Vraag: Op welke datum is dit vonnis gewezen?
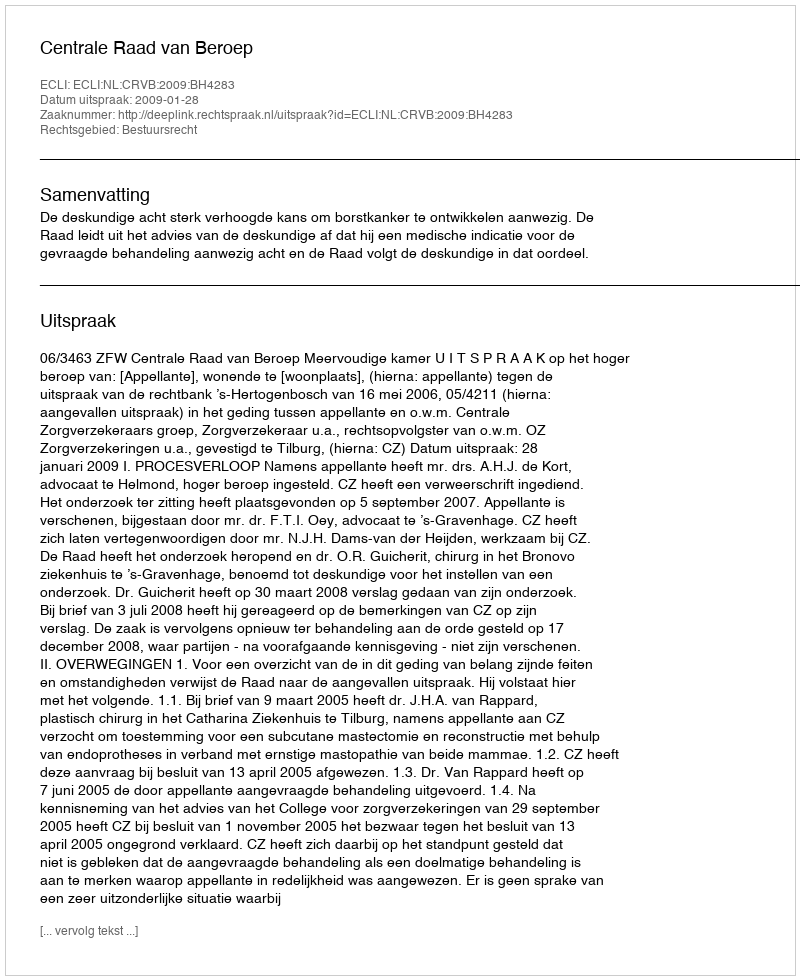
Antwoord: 2009-01-28